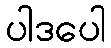
ပါဒပေါ